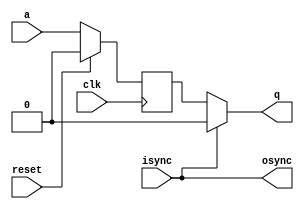
module bsx2(
	   input  reset,
	   input  clk,
	   input  a,
	   output q,
	   input  isync,
	   output osync);
   
   reg		  s;

   always @(posedge clk)
     if (reset)
       s <= 1'b0;
     else
       s <= a;

   assign q = isync ? 1'b0 : s;
   assign osync = isync;
   
endmodule